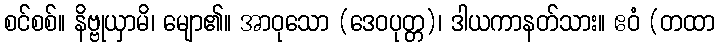
စင်စစ်။ နိဗ္ဗုယှာမိ၊ မျော၏။ အာဝုသော (ဒေဝပုတ္တ)၊ ဒါယကာနတ်သား။ ဧဝံ (တထာ